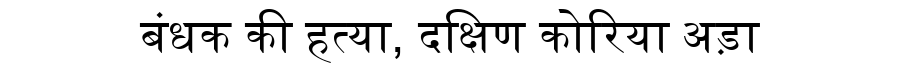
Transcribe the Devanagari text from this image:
बंधक की हत्या, दक्षिण कोरिया अड़ा